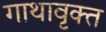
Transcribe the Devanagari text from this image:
गाथावृक्त